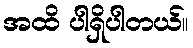
အထိ ပါရှိပါတယ်။